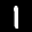
Label: 1